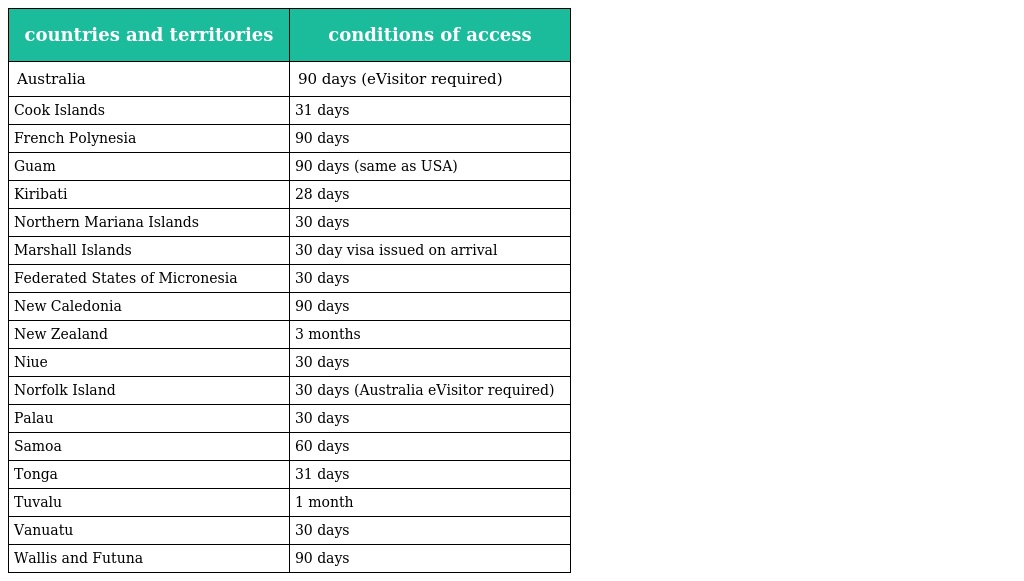
| countries and territories | conditions of access |
 | --- | --- |
 | Australia | 90 days (eVisitor required) |
 | Cook Islands | 31 days |
 | French Polynesia | 90 days |
 | Guam | 90 days (same as USA) |
 | Kiribati | 28 days |
 | Northern Mariana Islands | 30 days |
 | Marshall Islands | 30 day visa issued on arrival |
 | Federated States of Micronesia | 30 days |
 | New Caledonia | 90 days |
 | New Zealand | 3 months |
 | Niue | 30 days |
 | Norfolk Island | 30 days (Australia eVisitor required) |
 | Palau | 30 days |
 | Samoa | 60 days |
 | Tonga | 31 days |
 | Tuvalu | 1 month |
 | Vanuatu | 30 days |
 | Wallis and Futuna | 90 days |